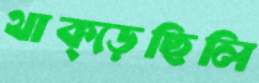
থাক্‌ড়েছিলি